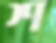
শ